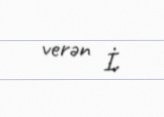
verən İ.